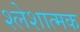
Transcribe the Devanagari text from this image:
श्लेशात्मक